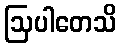
ဩပါတေသိ